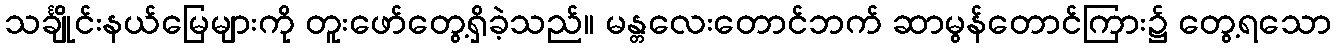
သင်္ချိုင်းနယ်မြေများကို တူးဖော်တွေ့ရှိခဲ့သည်။ မန္တလေးတောင်ဘက် ဆာမွန်တောင်ကြား၌ တွေ့ရသော